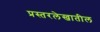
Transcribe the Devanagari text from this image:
प्रस्तरलेखातील